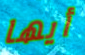
أيها